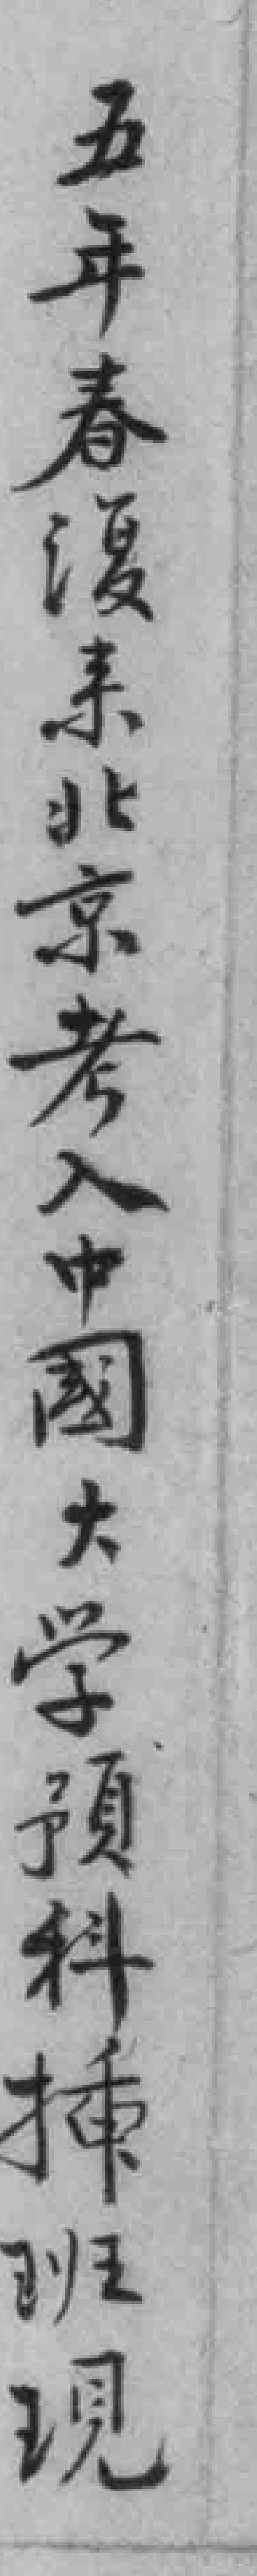
五年春復来北京考入中國大学預科挿班現